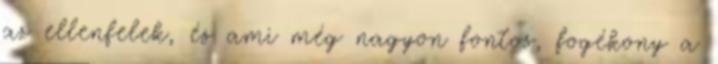
az ellenfelek, és ami még nagyon fontos, fogékony a